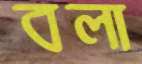
বলা